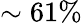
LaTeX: \sim 61\%